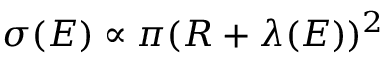
\sigma ( E ) \propto \pi ( R + \lambda ( E ) ) ^ { 2 }